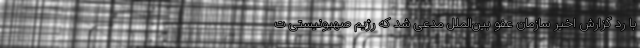
با رد گزارش اخیر سازمان عفو بین‌الملل مدعی شد که رژیم صهیونیستی ت